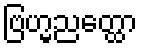
ဗြဟ္မညတ္ထော